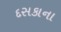
દસકાના